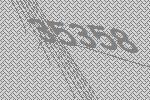
35358